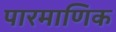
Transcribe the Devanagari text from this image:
पारमाणिक